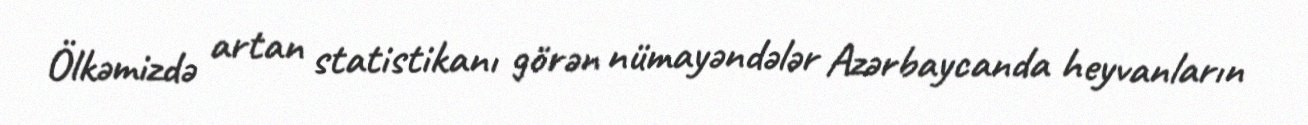
Ölkəmizdə artan statistikanı görən nümayəndələr Azərbaycanda heyvanların